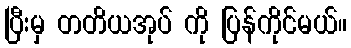
ပြီးမှ တတိယအုပ် ကို ပြန်ကိုင်မယ်။